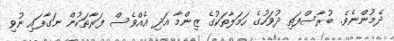
ދެމުންނެވެ. ބުރާސްފަތި ދުވަހުގެ ހަމަލާތަކުގެ ޒިންމާ އަދި އެއްވެސް ފަރާތަކުން ނަގާފައި ނުވި